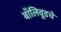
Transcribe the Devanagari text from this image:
बॉलिवूडचे